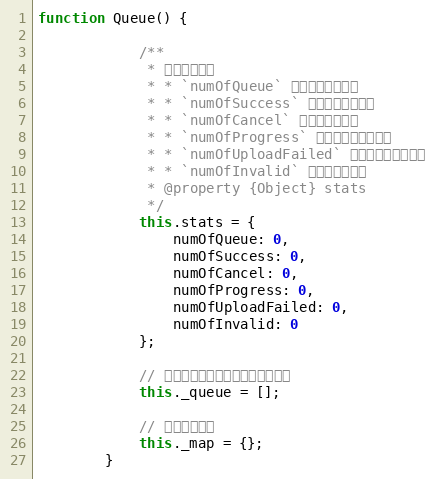
Language: JavaScript
function Queue() {

            /**
             * 统计文件数。
             * * `numOfQueue` 队列中的文件数。
             * * `numOfSuccess` 上传成功的文件数
             * * `numOfCancel` 被移除的文件数
             * * `numOfProgress` 正在上传中的文件数
             * * `numOfUploadFailed` 上传错误的文件数。
             * * `numOfInvalid` 无效的文件数。
             * @property {Object} stats
             */
            this.stats = {
                numOfQueue: 0,
                numOfSuccess: 0,
                numOfCancel: 0,
                numOfProgress: 0,
                numOfUploadFailed: 0,
                numOfInvalid: 0
            };

            // 上传队列，仅包括等待上传的文件
            this._queue = [];

            // 存储所有文件
            this._map = {};
        }